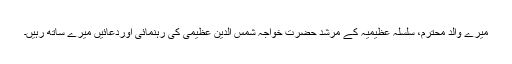
میرے والد محترم، سلسلۂ عظیمیہ کے مرشد حضرت خواجہ شمس الدین عظیمی کی رہنمائی اوردعائیں میرے ساتھ رہیں۔